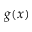
g ( x )